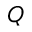
Q